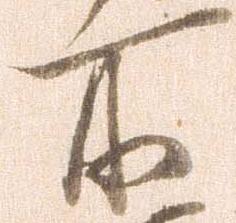
所